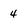
Character: 4